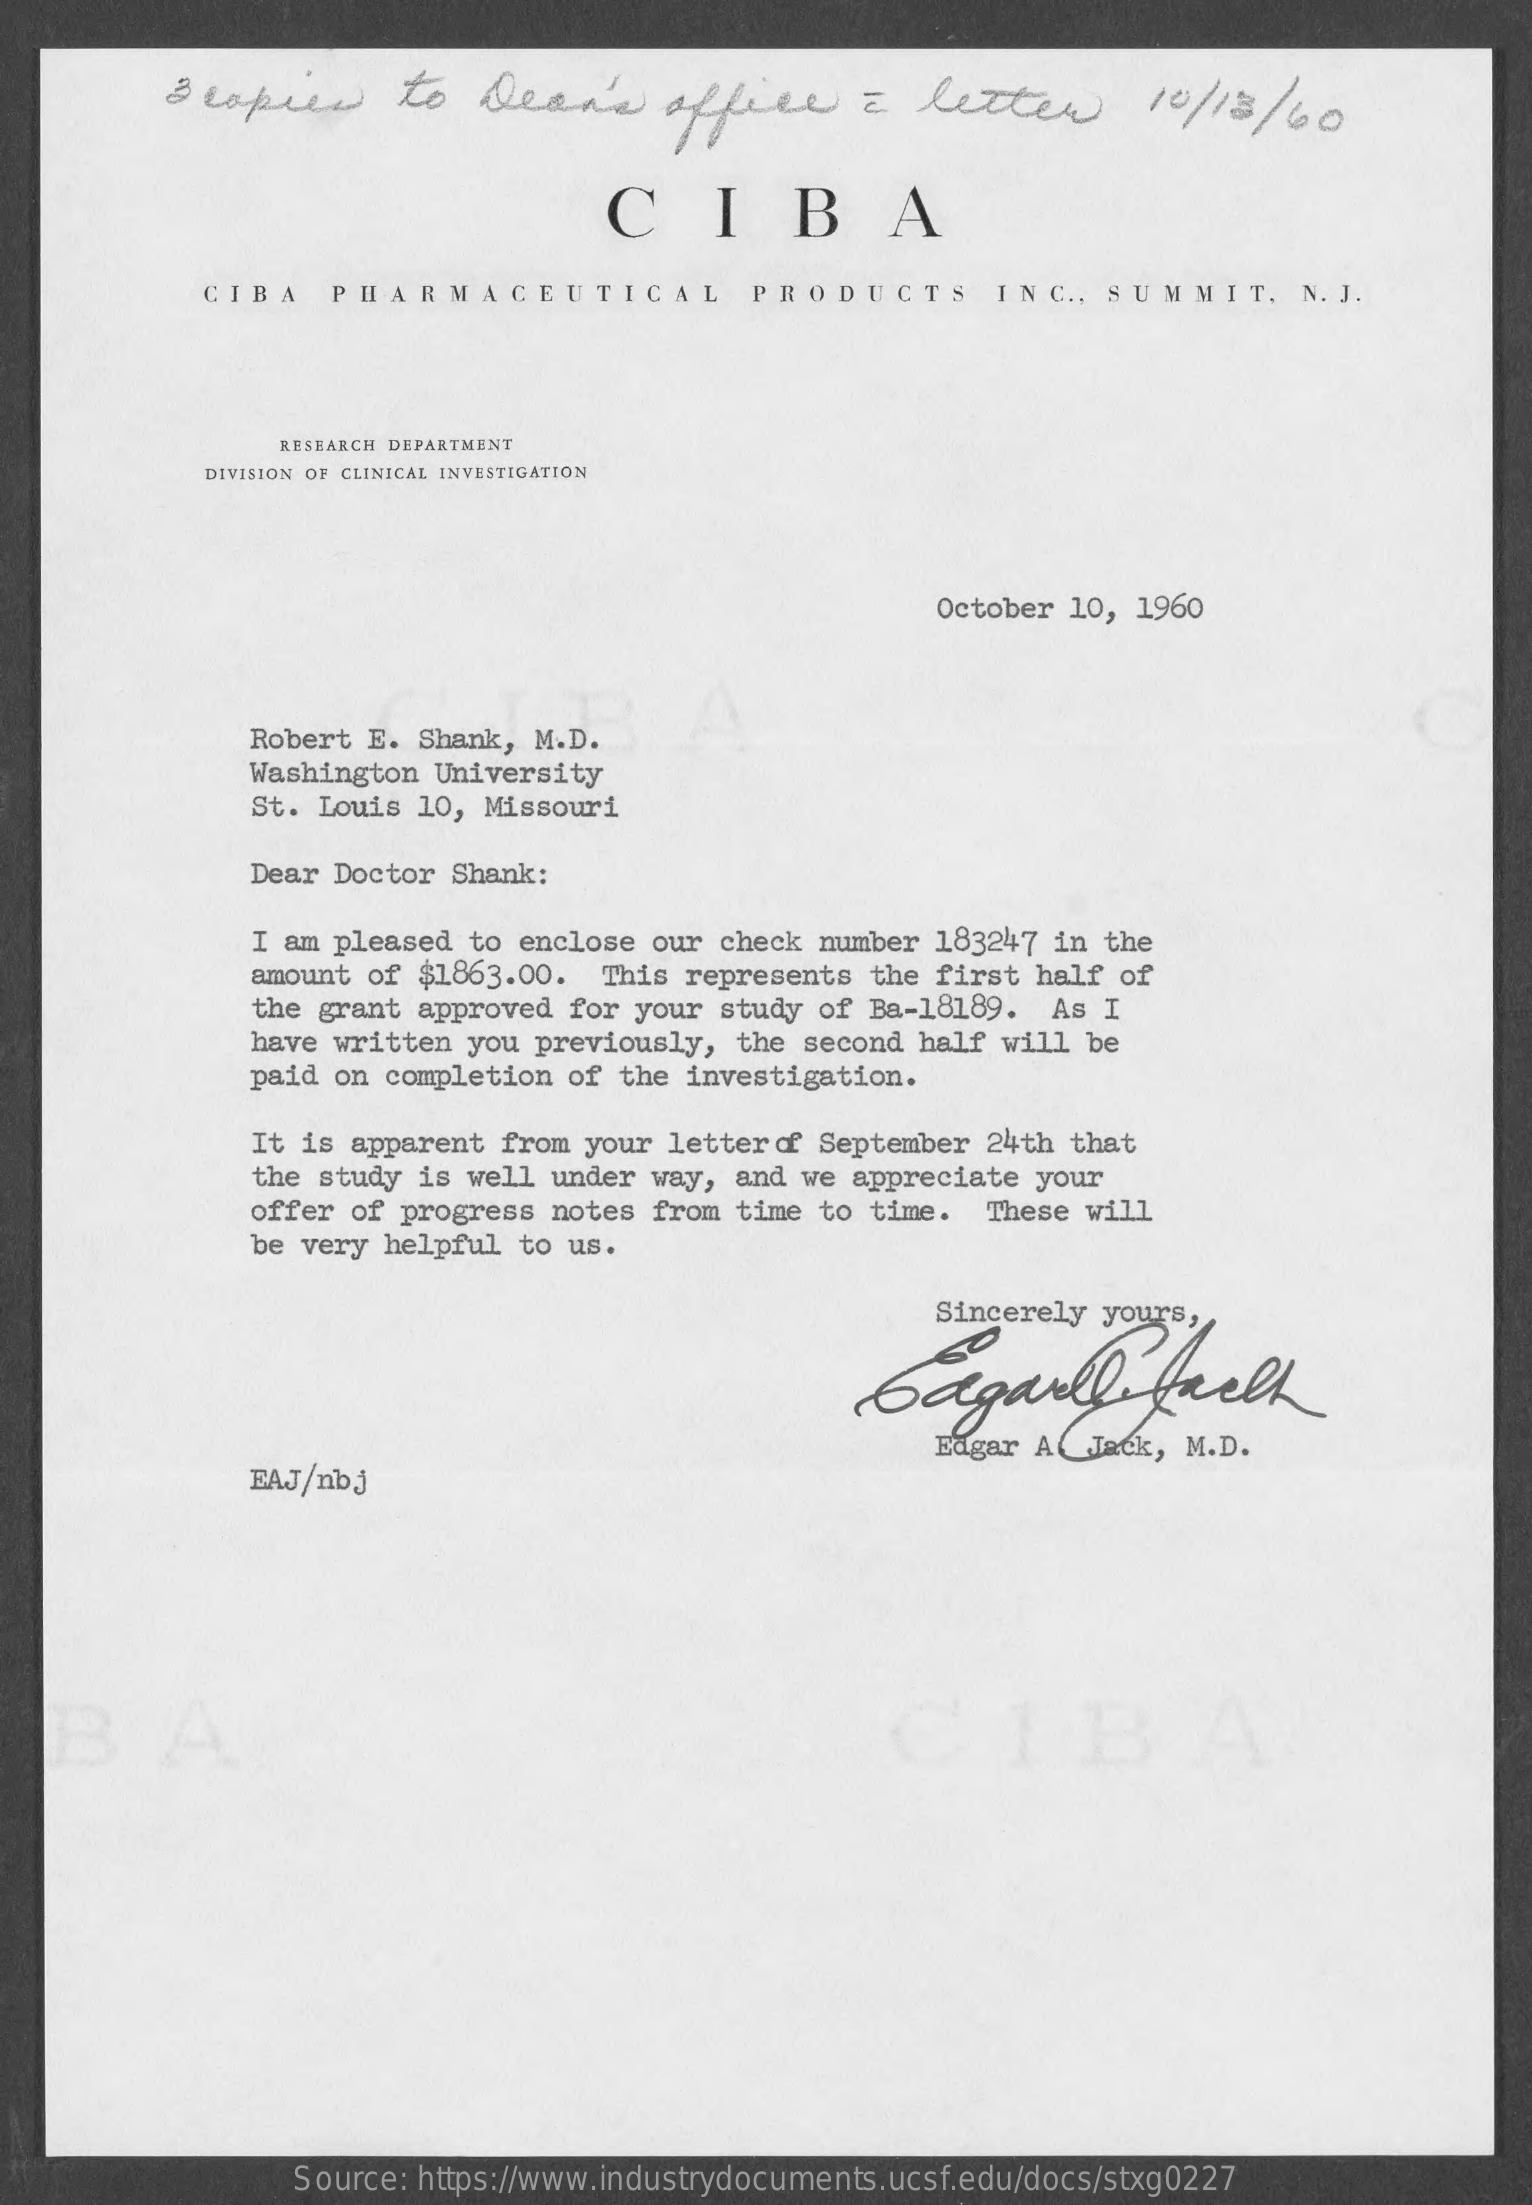
lapees    to   Dean's    office    a  letter    10/12/60
     CIBA
     CIBA    PHARMACEUTICAL    PRODUCTS    INC  ., SUMMIT,    N. J.
     RESEARCH DEPARTMENT
     DIVISION OF CLINICAL INVESTIGATION
     October 10, 1960
     Robert E. Shank, M.D.
     Washington University
     St. Louis 10, Missouri
     Dear Doctor Shank:
     I am pleased to  enclose our check number  183247 in the
     amount of $1863.00.   This represents  the first half of
     the grant approved  for your study of Ba-18189.   As I
     have written you  previously, the second  half will be
     paid on completion  of the investigation.
     It is apparent from  your letter   September  24th that
     the study is well under  way, and we appreciate  your
     offer of progress notes  from time to  time.  These will
     be very helpful  to us.
     Sincerely yours,
     Gagarfifaelh
     EAJ/nb j
     Edgar ACJack,  M.D.
     Source: https://www.industrydocuments.ucsf.edu/docs/stxg0227